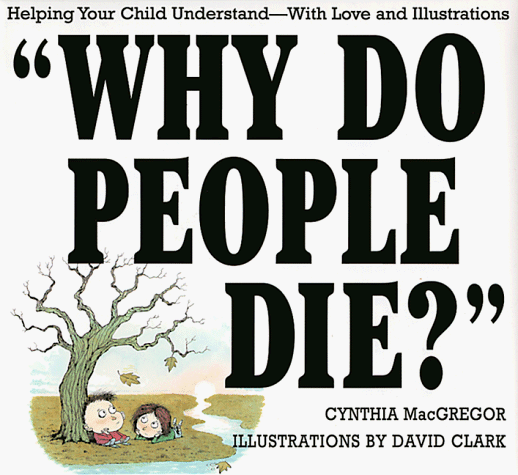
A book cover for Why Do People Die?: Helping Your Child Understand-With Love and Illustrations; Cynthia MacGregor; Teen & Young Adult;